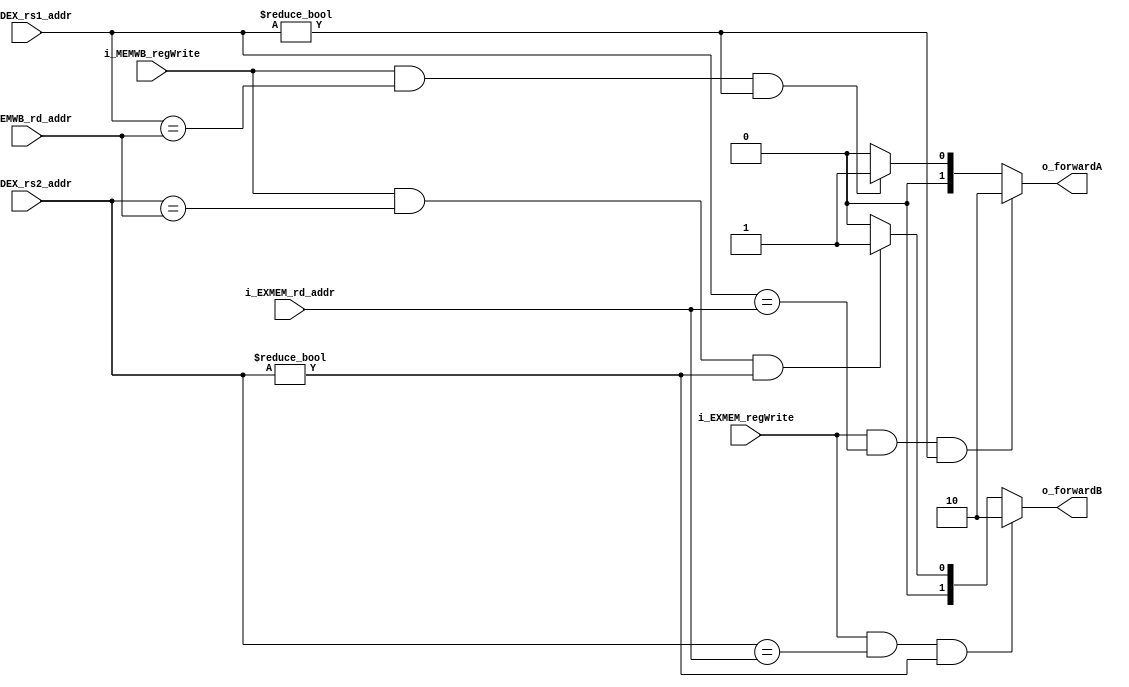
module forwarding_unit (
    input [4:0]         i_IDEX_rs1_addr,
    input [4:0]         i_IDEX_rs2_addr,
    input [4:0]         i_EXMEM_rd_addr,
    input               i_EXMEM_regWrite,
    input [4:0]         i_MEMWB_rd_addr,
    input               i_MEMWB_regWrite,
    // input               i_d_valid_data,

    output reg [1:0]    o_forwardA,
    output reg [1:0]    o_forwardB
    // output reg          o_stall
);

    always @(*) begin
        // forward A
        if(i_EXMEM_regWrite && i_IDEX_rs1_addr == i_EXMEM_rd_addr && i_IDEX_rs1_addr != 0) begin
            // $display("forward A!");
            o_forwardA = 2'b10;
        end else if(i_MEMWB_regWrite && i_IDEX_rs1_addr == i_MEMWB_rd_addr && i_IDEX_rs1_addr != 0) begin
            o_forwardA = 2'b01;
        end else begin
            o_forwardA = 2'b00;
        end

        // forward B
        if(i_EXMEM_regWrite && i_IDEX_rs2_addr == i_EXMEM_rd_addr && i_IDEX_rs2_addr != 0) begin
            o_forwardB = 2'b10;
        end else if(i_MEMWB_regWrite && i_IDEX_rs2_addr == i_MEMWB_rd_addr && i_IDEX_rs2_addr != 0) begin
            o_forwardB = 2'b01;
        end else begin
            o_forwardB = 2'b00;
        end
    end
    
endmodule